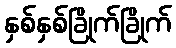
နှစ်နှစ်ခြိုက်ခြိုက်